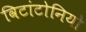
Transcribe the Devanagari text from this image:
विटांटोनियो